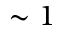
\sim 1